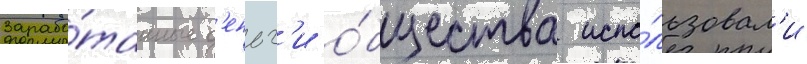
Зарабо́танные д'еньг'и о́бщества испо́льзовал'и